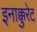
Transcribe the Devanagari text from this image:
इनाक्कुरेट